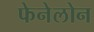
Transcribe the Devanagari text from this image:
फेनेलोन